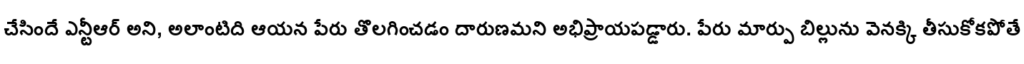
చేసిందే ఎన్టీఆర్ అని, అలాంటిది ఆయన పేరు తొలగించడం దారుణమని అభిప్రాయపడ్డారు. పేరు మార్పు బిల్లును వెనక్కి తీసుకోకపోతే